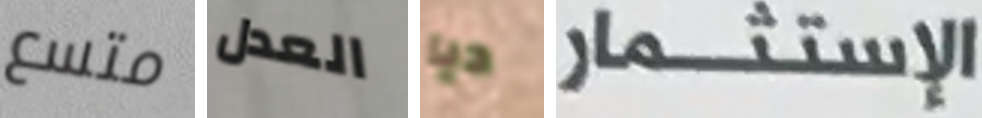
متسع العدل ديا الإستثمار